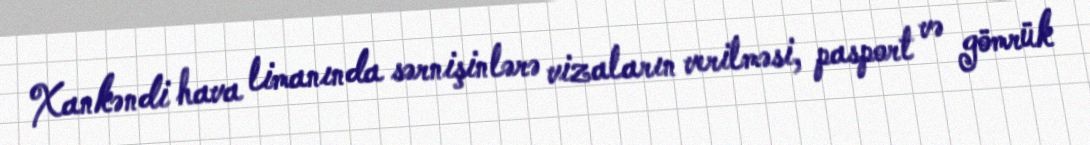
Xankəndi hava limanında sərnişinlərə vizaların verilməsi, pasport və gömrük